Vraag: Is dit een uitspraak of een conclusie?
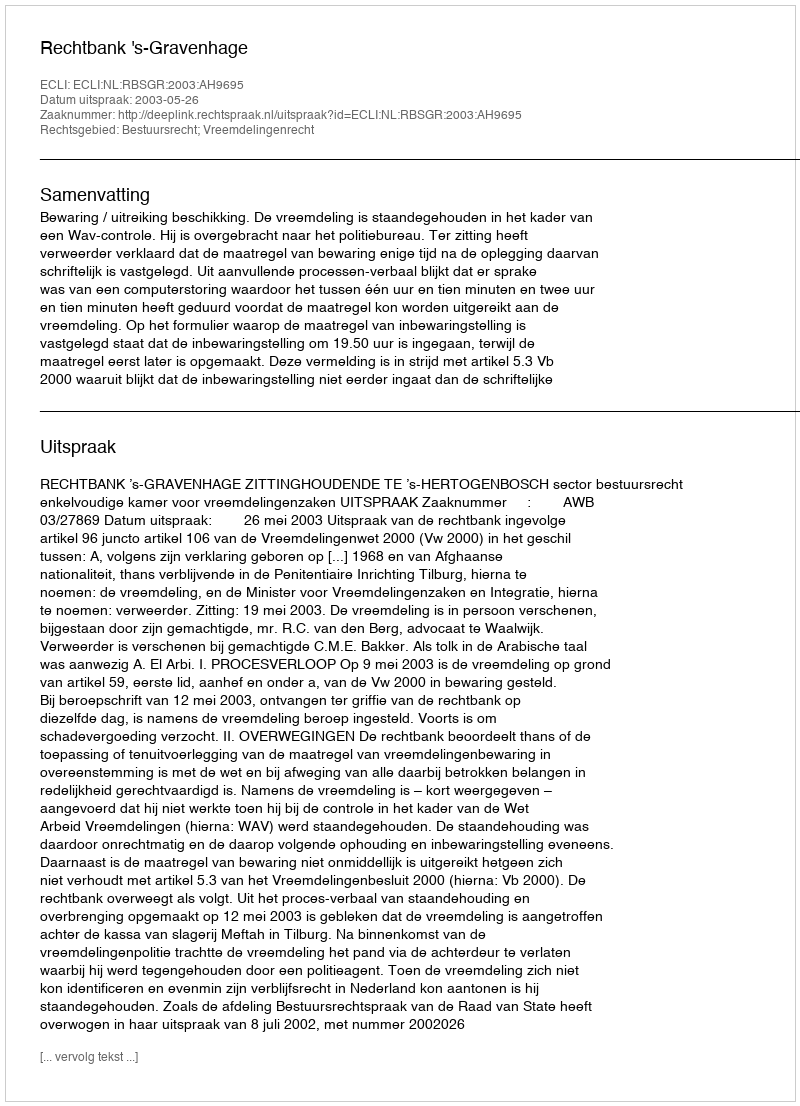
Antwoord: Uitspraak